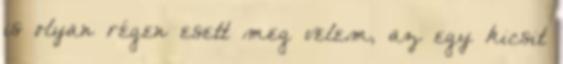
is olyan régen esett meg velem, az egy kicsit